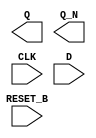
/**
 * Copyright 2020 The SkyWater PDK Authors
 *
 * Licensed under the Apache License, Version 2.0 (the "License");
 * you may not use this file except in compliance with the License.
 * You may obtain a copy of the License at
 *
 *     https://www.apache.org/licenses/LICENSE-2.0
 *
 * Unless required by applicable law or agreed to in writing, software
 * distributed under the License is distributed on an "AS IS" BASIS,
 * WITHOUT WARRANTIES OR CONDITIONS OF ANY KIND, either express or implied.
 * See the License for the specific language governing permissions and
 * limitations under the License.
 *
 * SPDX-License-Identifier: Apache-2.0
 */

`ifndef SKY130_FD_SC_HVL__DFRBP_BLACKBOX_V
`define SKY130_FD_SC_HVL__DFRBP_BLACKBOX_V

/**
 * dfrbp: Delay flop, inverted reset, complementary outputs.
 *
 * Verilog stub definition (black box without power pins).
 *
 * WARNING: This file is autogenerated, do not modify directly!
 */

`timescale 1ns / 1ps
`default_nettype none

(* blackbox *)
module sky130_fd_sc_hvl__dfrbp (
    Q      ,
    Q_N    ,
    CLK    ,
    D      ,
    RESET_B
);

    output Q      ;
    output Q_N    ;
    input  CLK    ;
    input  D      ;
    input  RESET_B;

    // Voltage supply signals
    supply1 VPWR;
    supply0 VGND;
    supply1 VPB ;
    supply0 VNB ;

endmodule

`default_nettype wire
`endif  // SKY130_FD_SC_HVL__DFRBP_BLACKBOX_V